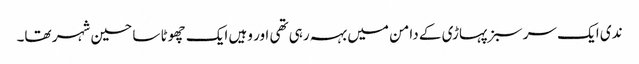
ندی ایک سر سبز پہاڑی کے دامن میں بہہ رہی تھی اور وہیں ایک چھوٹا سا حسین شہر تھا۔